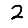
Digit: 2